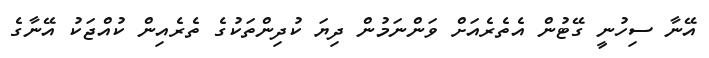
އޭނާ ސިހުނީ ގޭޓުން އެތެރެއަށް ވަންނަމުން ދިޔަ ކުދިންތަކުގެ ތެރެއިން ކުއްޖަކު އޭނާގެ